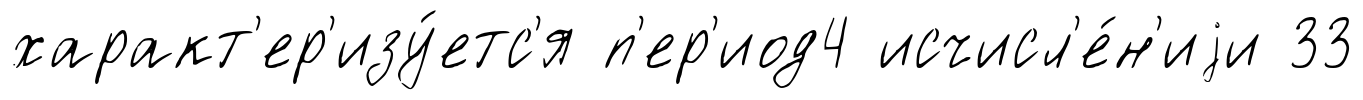
характ'ер'изу́етс'я п'ер'иод4 исчисл'е́н'иjи 33